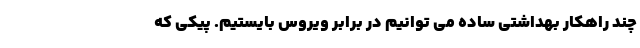
چند راهکار بهداشتی ساده می توانیم در برابر ویروس بایستیم. پیکی که